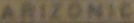
ARIZONIC